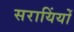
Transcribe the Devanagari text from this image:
सरायिंयों